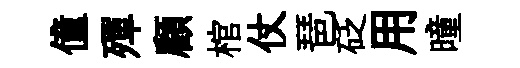
僮殫顧棺仗琶砭用曈